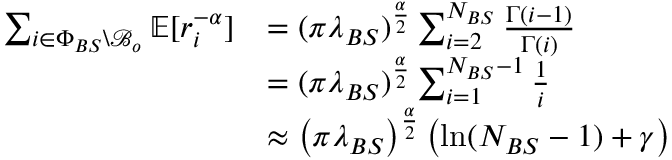
\begin{array} { r l } { \sum _ { i \in \Phi _ { B S } \backslash \mathcal { B } _ { o } } \mathbb { E } [ r _ { i } ^ { - \alpha } ] } & { = ( \pi \lambda _ { B S } ) ^ { \frac { \alpha } { 2 } } \sum _ { i = 2 } ^ { N _ { B S } } \frac { \Gamma ( i - 1 ) } { \Gamma ( i ) } } \\ & { = ( \pi \lambda _ { B S } ) ^ { \frac { \alpha } { 2 } } \sum _ { i = 1 } ^ { N _ { B S } - 1 } \frac { 1 } { i } } \\ & { \approx \left( \pi \lambda _ { B S } \right) ^ { \frac { \alpha } { 2 } } \left( \ln ( N _ { B S } - 1 ) + \gamma \right) } \end{array}